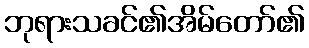
ဘုရားသခင်၏အိမ်တော်၏